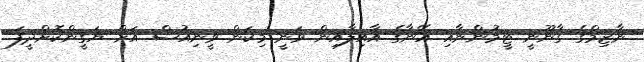
ނާޒިމްގެ ގާނޫނީ ޓީމުންނާއި އޭނާގެ އާއިލާއިން ވަނީ މިކަން ވީނިއުސް އަށް ޔަގީންކޮށްދީފަ